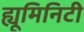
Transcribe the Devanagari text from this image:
ह्यूमिनिटी